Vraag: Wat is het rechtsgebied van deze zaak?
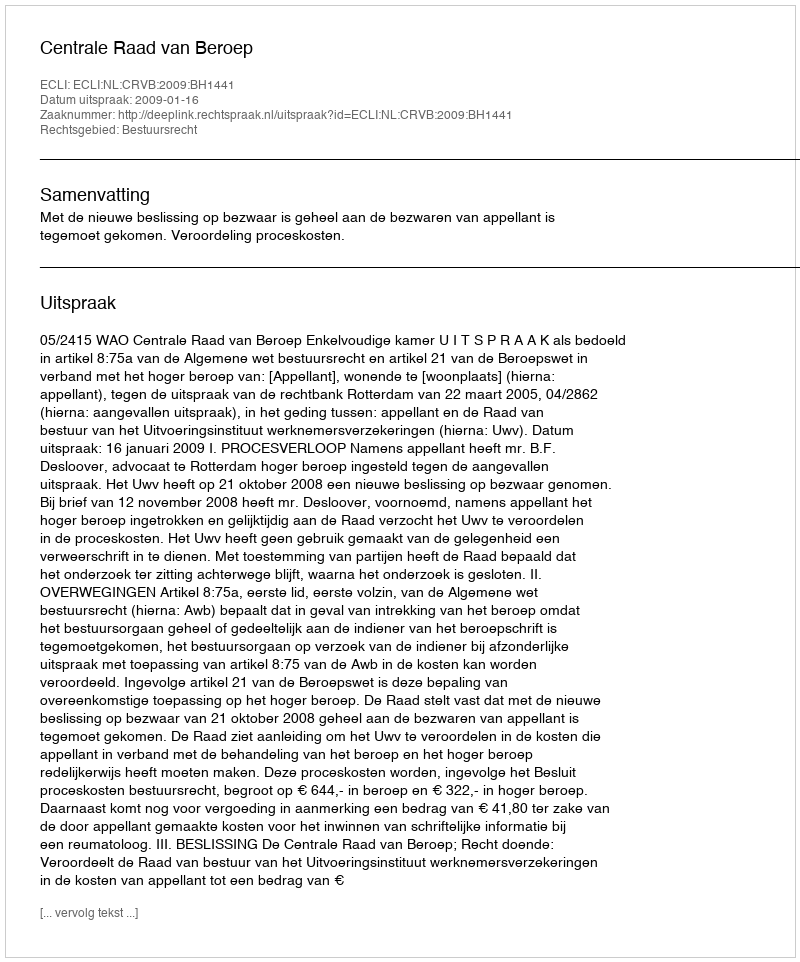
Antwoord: Bestuursrecht